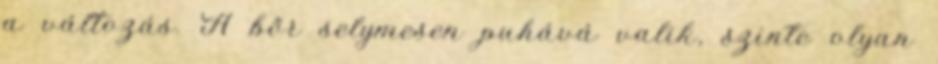
a változás. A bőr selymesen puhává valik, szinte olyan